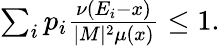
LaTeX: \begin{array}{r}{\sum_{i}p_{i}\frac{\nu(E_{i}-x)}{|M|^{2}\mu(x)}\leq 1.}\end{array}